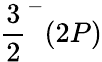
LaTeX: \frac 32^{-}(2P)